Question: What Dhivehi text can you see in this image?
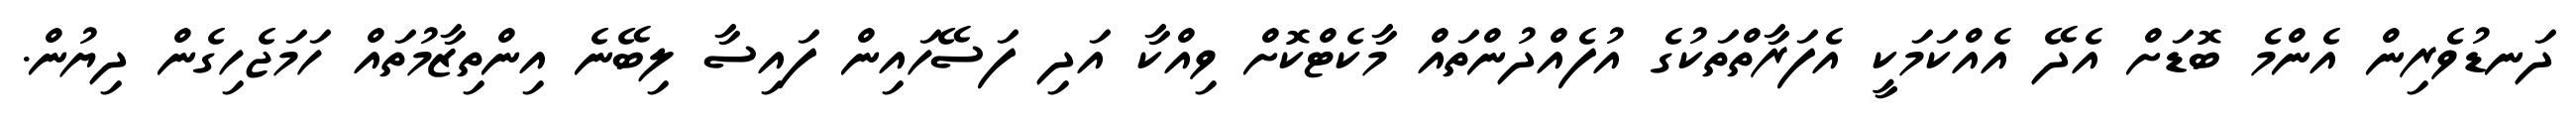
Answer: ދަނޑުވެރިން އެންމެ ބޮޑަށް އެދޭ އެއްކަމަކީ އެފަރާތްތަކުގެ އުފެއްދުންތައް މާކެޓްކޮށް ވިއްކާ އަދި ފަސޭހައިން ފައިސާ ލިބޭނެ އިންތިޒާމުތައް ހަމަޖެހިގެން ދިޔުން.